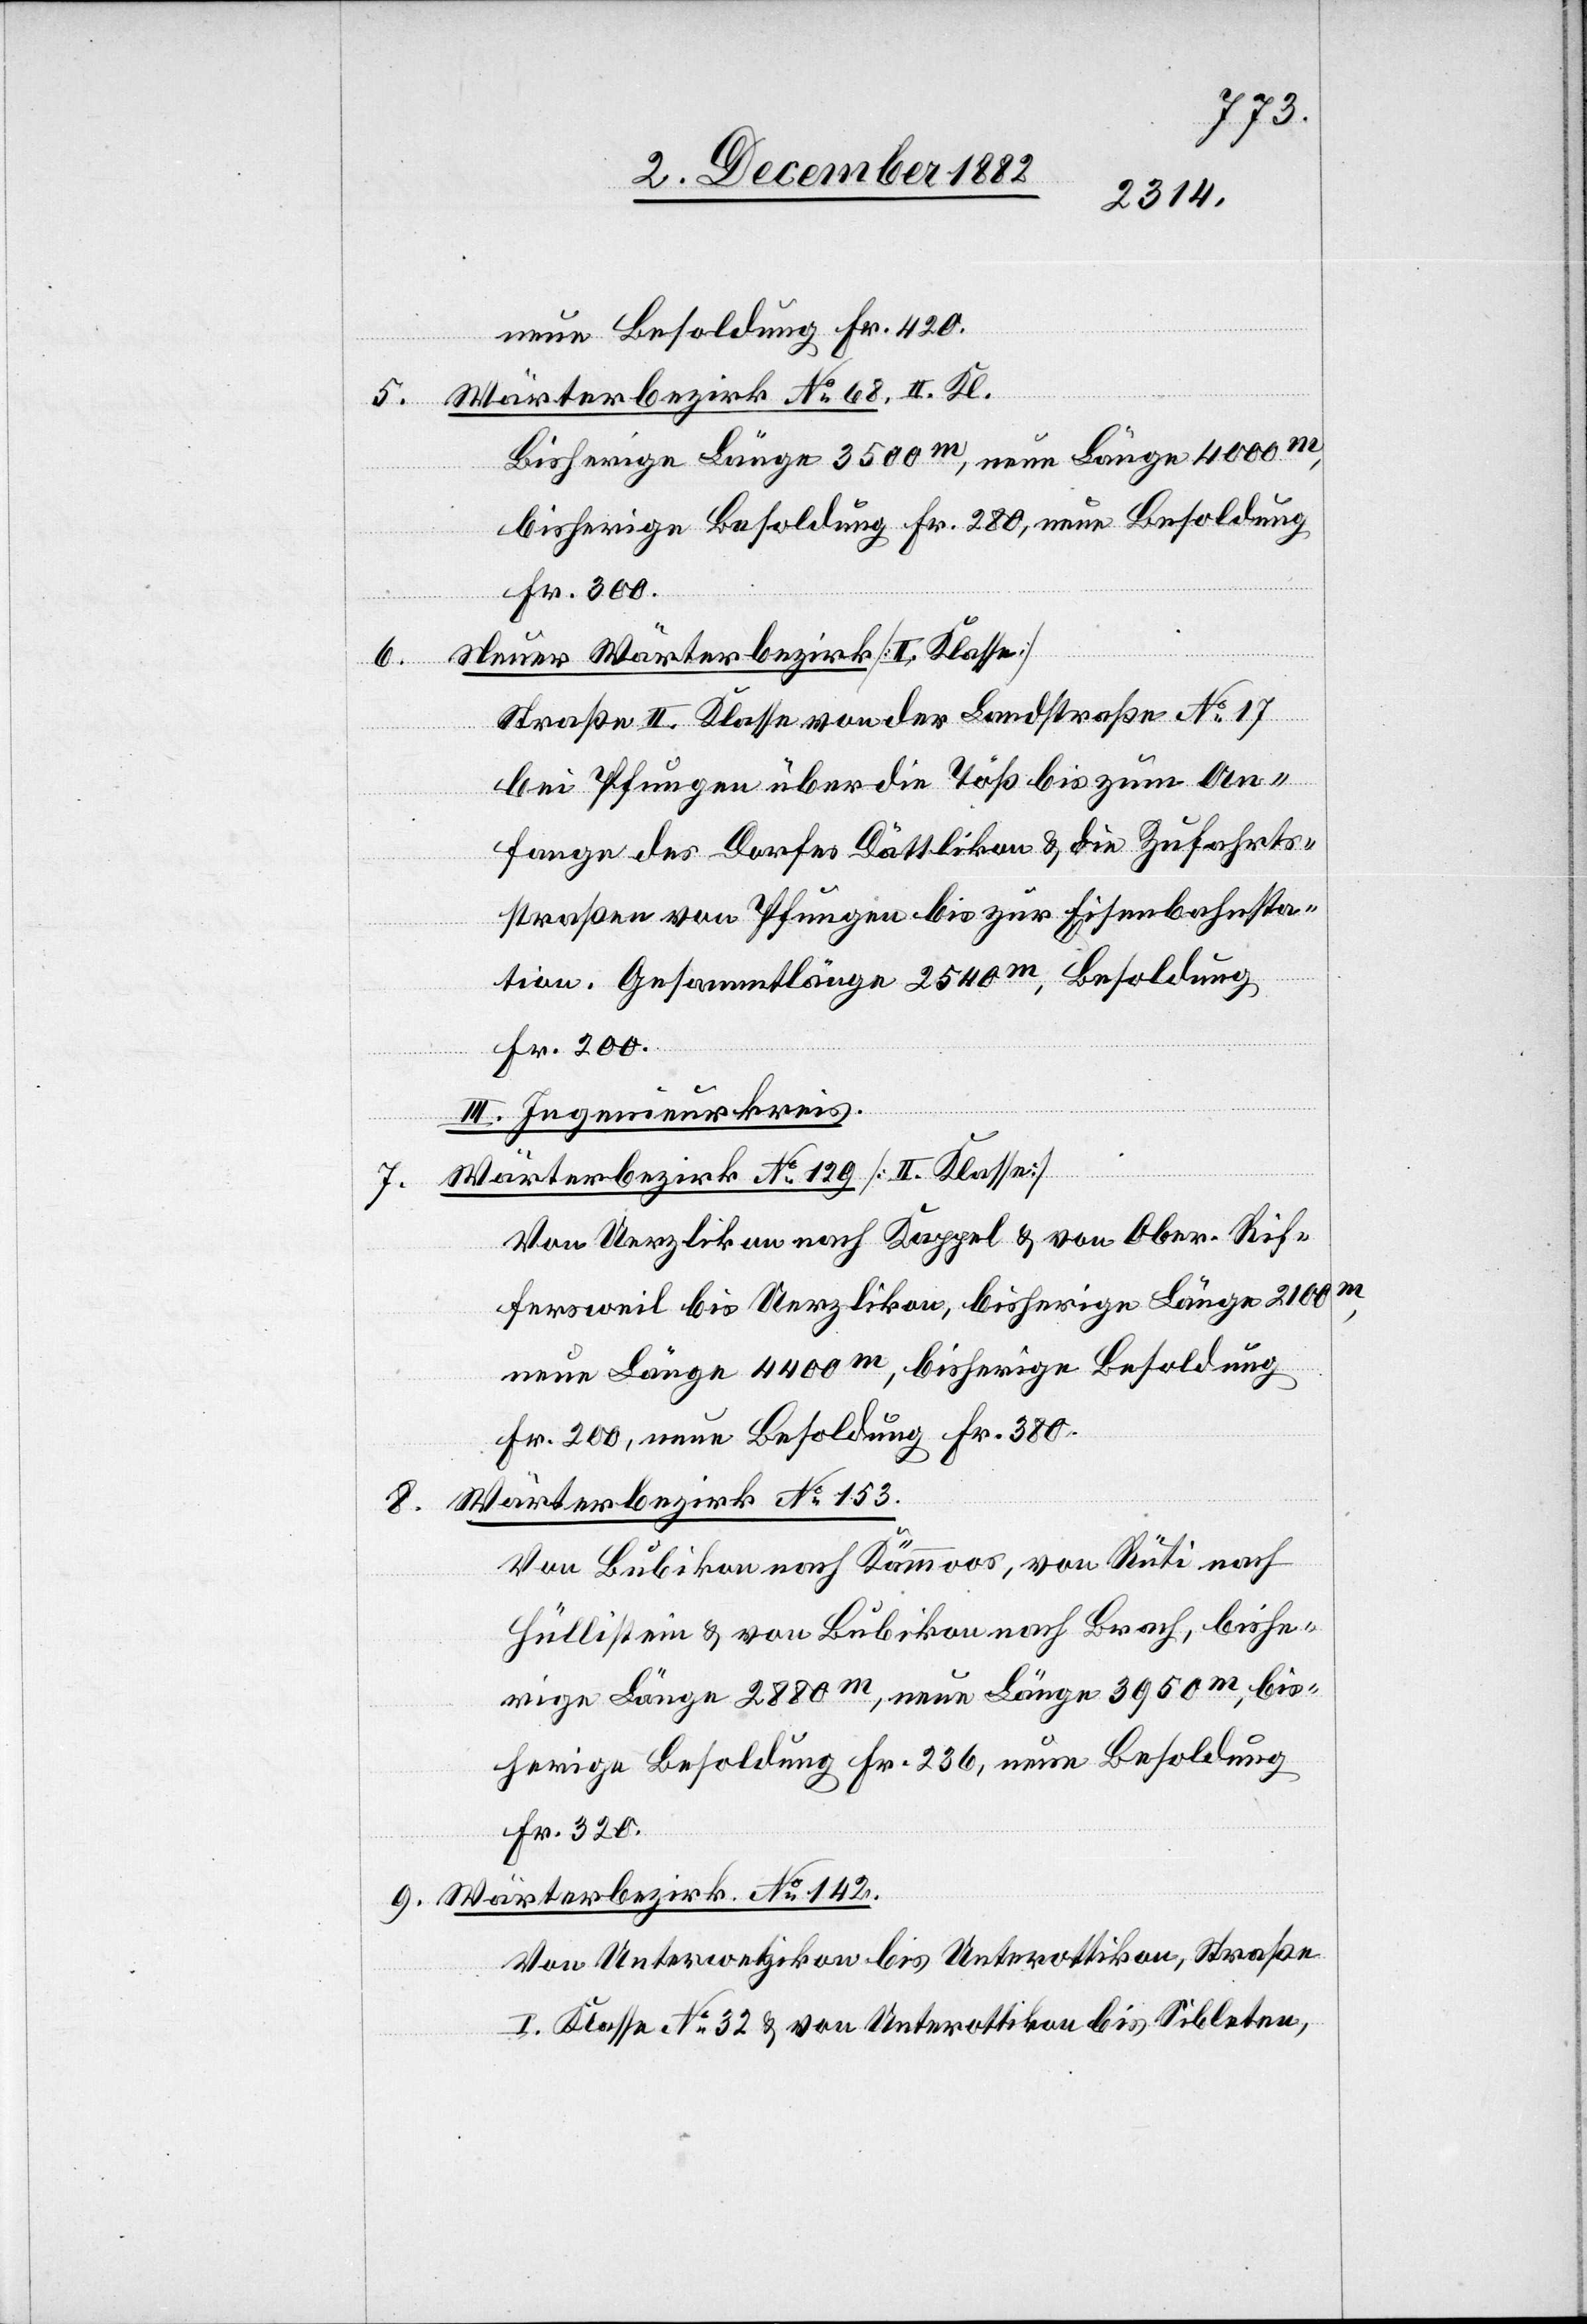
7.

neue Besoldung Fr. 420.
5. Wärterbezirk No 68. II. Kl.
Bisherige Länge 3500m, neue Länge 4000m,
bisherige Besoldung Fr. 280, neue Besoldung
Fr. 300.
Neuer Wärterbezirk [II. Klasse]
8.
Straße II. Klasse von der Landstraße No 17
bei Pfungen über die Töß bis zum An¬
fange des Dorfes Dättlikon & die Zufahrts¬
straßen von Pfungen bis zur Eisenbahnsta¬
tion. Gesammtlänge 2540m, Besoldung
Fr. 200.
III. Ingenieurkreis.
Wärterbezirk No 129 [II. Klasse]
Von Uerzlikon nach Kappel & von Ober-Rif¬
fersweil bis Uerzlikon, bisherige Länge 2100m,
neue Länge 4400m, bisherige Besoldung
Fr. 200, neue Besoldung Fr. 380.
Wärterbezirk No 153.
Von Bubikon nach Kämmoos, von Rüti nach
Hüllistein & von Bubikon nach Brach, bishe¬
rige Länge 2880m, neue Länge 3950m, bis¬
herige Besoldung Fr. 236, neue Besoldung
Fr. 320.
9. Wärterbezirk No 142.
Von Unterwetzikon bis Unterottikon, Straße
I. Klasse No 32 & von Unterottikon bis Sibleten,